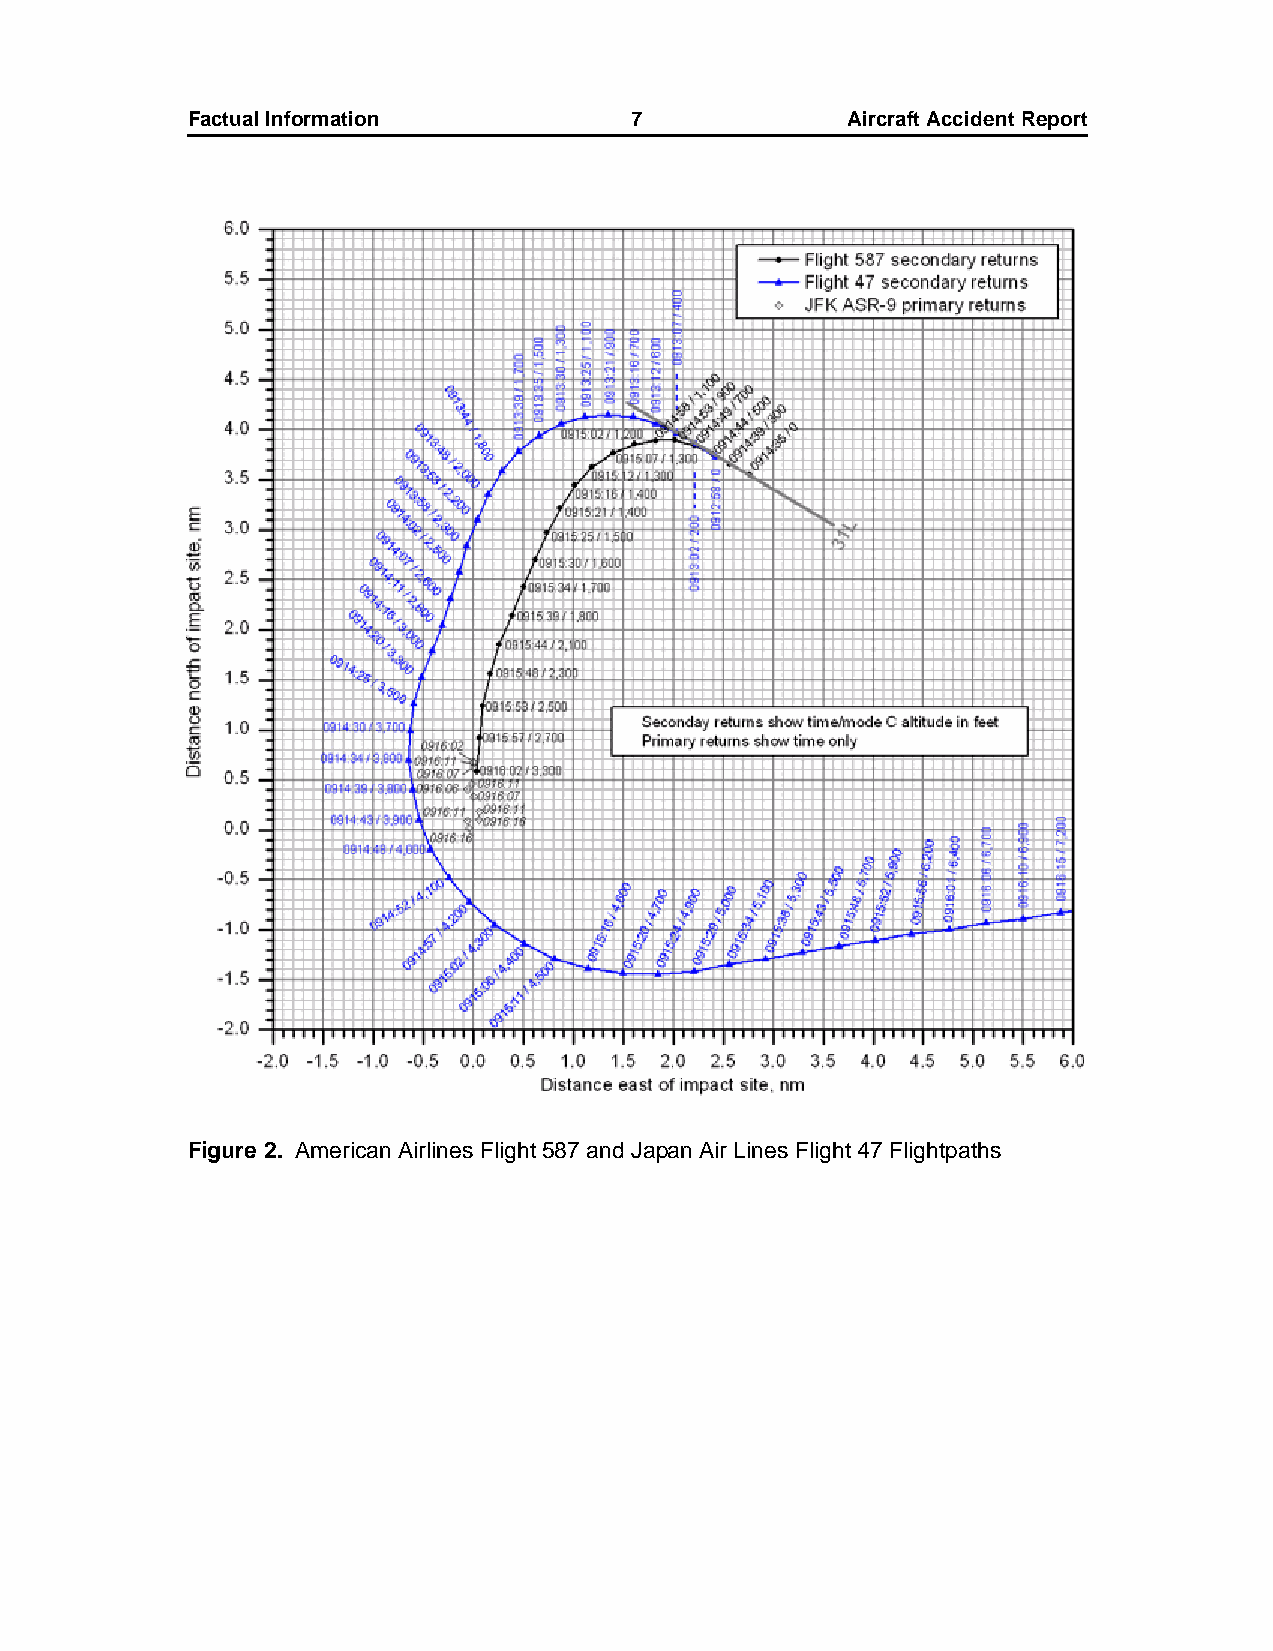
Factual Information           7             AircraftAccidentReport
 Figure 2. American Airlines Flight 587 and Japan Air Lines Flight 47 Flightpaths